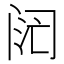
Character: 𬮧